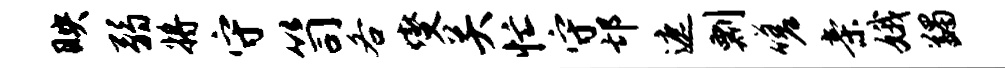
映弱将守笥各燮关忙守邙遮剽嗟亲娥蠲